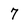
Character: 7